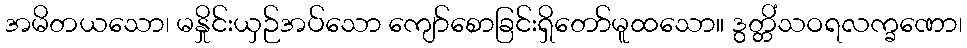
အမိတယသော၊ မနှိုင်းယှဉ်အပ်သော ကျော်စောခြင်းရှိတော်မူထသော။ ဒွတ္တိံသဝရလက္ခဏော၊